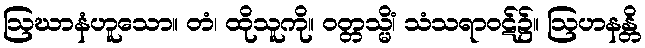
ဩဃာနံဟူသော။ တံ၊ ထိုသူကို။ ဝတ္တသ္မိံ၊ သံသရာဝဋ်၌။ ဩဟနန္တိ